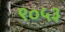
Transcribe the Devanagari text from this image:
९०५३